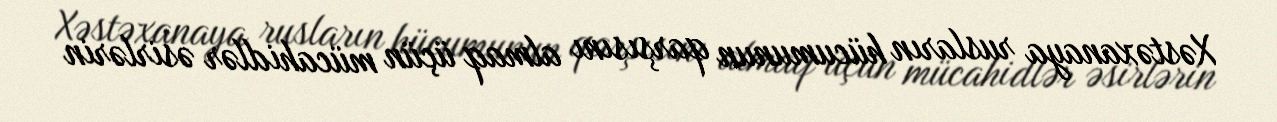
Xəstəxanaya rusların hücumunun qarşısını almaq üçün mücahidlər əsirlərin